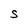
Character: S